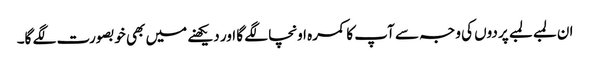
ان لمبے لمبے پردوں کی وجہ سے آپ کا کمرہ اونچا لگے گا اور دیکھنے میں بھی خوبصورت لگے گا۔